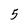
Character: 5